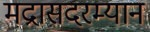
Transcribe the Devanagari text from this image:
मद्रासदरम्यान